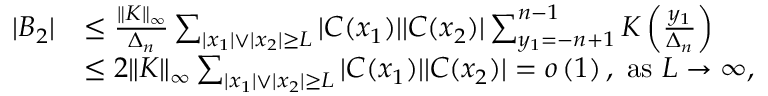
\begin{array} { r l } { | B _ { 2 } | } & { \le \frac { \| K \| _ { \infty } } { \Delta _ { n } } \sum _ { | x _ { 1 } | \vee | x _ { 2 } | \ge L } | C ( x _ { 1 } ) | | C ( x _ { 2 } ) | \sum _ { y _ { 1 } = - n + 1 } ^ { n - 1 } K \left( \frac { y _ { 1 } } { \Delta _ { n } } \right) } \\ & { \le 2 \| K \| _ { \infty } \sum _ { | x _ { 1 } | \vee | x _ { 2 } | \ge L } | C ( x _ { 1 } ) | | C ( x _ { 2 } ) | = o \left( 1 \right) , \ \mathrm { a s } \ L \to \infty , } \end{array}